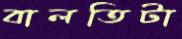
বালতিটা